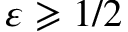
\varepsilon \geqslant 1 / 2